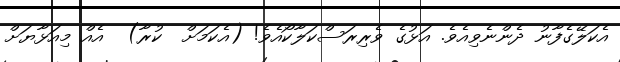
އެކަލޭގެފާނު ދެންނެވިއެވެ. އަޅުގެ ވެރިރަސްކަލާކޯއެވެ! (އެކަމަށް  ކުރާ)  އެއް މިއަޅާޔަށް